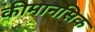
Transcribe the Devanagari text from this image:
कीमानसिक